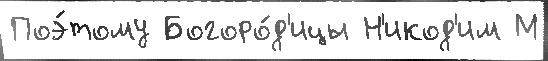
Поэ́тому Богоро́д'ицы Н'икод'им М